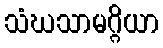
သံဃသာမဂ္ဂိယာ